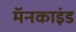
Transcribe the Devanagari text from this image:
मॅनकाइंड